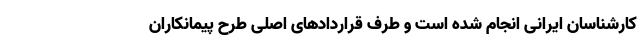
کارشناسان ایرانی انجام شده است و طرف قراردادهای اصلی طرح پیمانکاران